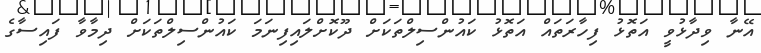
އޭނާ ވިދާޅުވީ އަތޮޅު ފިހާރަަތައް އަތޮޅު ކައުންސިލްތަކަށް ދޫކޮށްލައިފިނަމަ ކައުންސިލްތަކަށް ދިމާވާ ފައިސާގެ